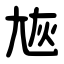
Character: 㞀